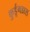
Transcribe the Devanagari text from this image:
कुर्डूगडास